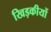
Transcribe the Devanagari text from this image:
खिड़कीयों